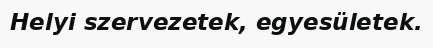
Helyi szervezetek, egyesületek.